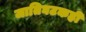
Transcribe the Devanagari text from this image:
जातिघटकही